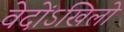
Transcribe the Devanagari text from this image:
वेदोंऽखिलो